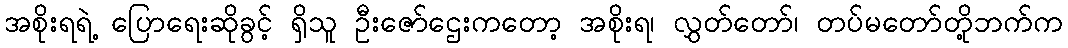
အစိုးရရဲ့ ပြောရေးဆိုခွင့် ရှိသူ ဦးဇော်ဌေးကတော့ အစိုးရ၊ လွှတ်တော်၊ တပ်မတော်တို့ဘက်က